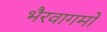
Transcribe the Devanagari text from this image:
भैरवागमों